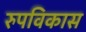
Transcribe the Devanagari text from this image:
रुपविकास